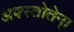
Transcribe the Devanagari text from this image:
अफ्स्तोतेन्।